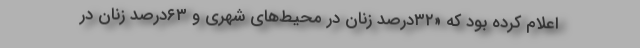
اعلام كرده بود كه «٣٢‌درصد زنان در محيط‌هاي شهري و ٦٣‌درصد زنان در